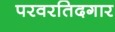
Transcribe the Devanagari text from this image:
परवरतिदगार